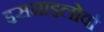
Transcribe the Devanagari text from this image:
इसमाइलोर्वा